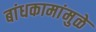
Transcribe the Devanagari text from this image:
बांधकामांमुळे